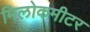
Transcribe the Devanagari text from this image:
मिलोकमीटर